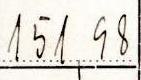
151,98